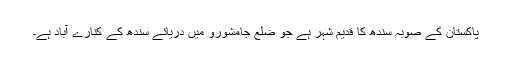
پاکستان کے صوبہ سندھ کا قدیم شہر ہے جو ضلع جامشورو میں دریائے سندھ کے کنارے آباد ہے۔